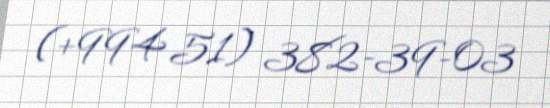
(+994 51) 382-39-03